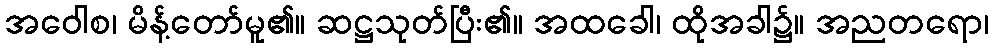
အဝေါစ၊ မိန့်တော်မူ၏။ ဆဋ္ဌသုတ်ပြီး၏။ အထခေါ၊ ထိုအခါ၌။ အညတရော၊